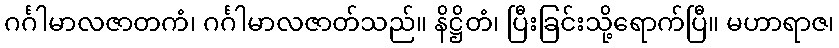
ဂင်္ဂါမာလဇာတကံ၊ ဂင်္ဂါမာလဇာတ်သည်။ နိဋ္ဌိတံ၊ ပြီးခြင်းသို့ရောက်ပြီ။ မဟာရာဇ၊